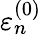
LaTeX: \varepsilon_{n}^{(0)}